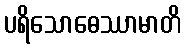
ပရိသောဓေဿာမာတိ